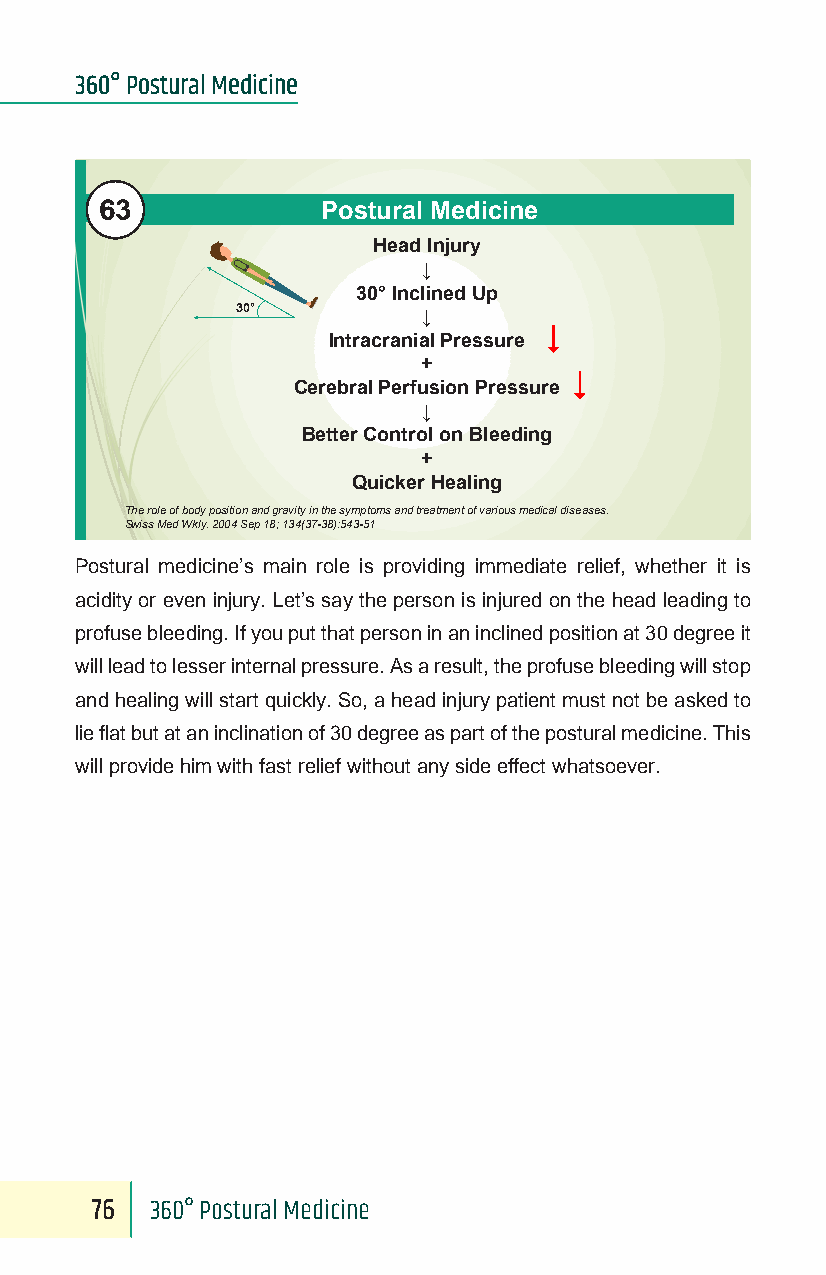
360° Postural Medicine
 63
 Postural Medicine
 Head Injury
 ↓
 30°Inclined Up
 30°
 ↓
 Intracranial Pressure
 +
 Cerebral Perfusion Pressure
 ↓
 Better Control on Bleeding
 +
 Quicker Healing
 The role of body position and gravity in the symptoms and treatment of various medical diseases.
 Swiss Med Wkly. 2004 Sep 18; 134(37-38):543-51
 Postural medicine’s main role is providing immediate relief, whether it is
 acidity or even injury. Let’s say the person is injured on the head leading to
 profuse bleeding. If you put that person in an inclined position at 30 degree it
 will lead to lesser internal pressure. As a result, the profuse bleeding will stop
 and healing will start quickly. So, a head injury patient must not be asked to
 lie flat but at an inclination of 30 degree as part of the postural medicine. This
 will provide him with fast relief without any side effect whatsoever.
 76  360° Postural Medicine